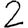
Digit: 2